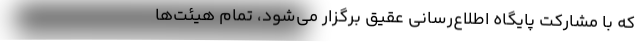
که با مشارکت پایگاه اطلاع‌رسانی عقیق برگزار می‌شود، تمام هیئت‌ها